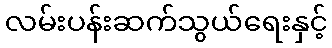
လမ်းပန်းဆက်သွယ်ရေးနှင့်